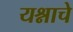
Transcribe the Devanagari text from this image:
यश्नाचे